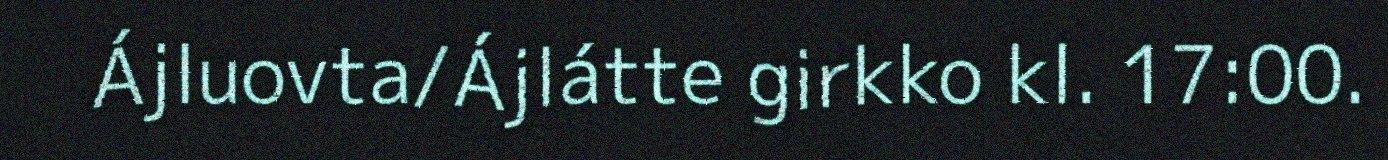
Ájluovta/Ájlátte girkko kl. 17:00.